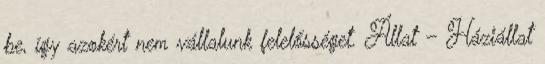
be, így azokért nem vállalunk felelősséget. Állat – Háziállat